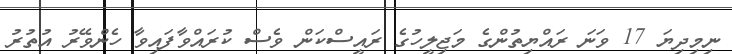
ނިމިދިޔަ 17 ވަނަ ރައްޔިތުންގެ މަޖިލީހުގެ ރައީސްކަން ވެސް ކުރައްވާފައިވާ ހެންވޭރު އުތުރު